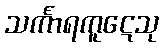
သင်္ကာရကူဋေသု